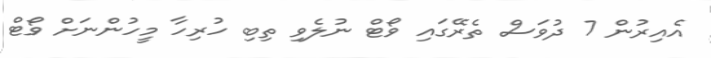
އެއިރުން 7 ދުވަސް ތެރޭގައި ވޯޓް ނުލެވި ތިބި ހުރިހާ މީހުންނަށް ވޯޓް